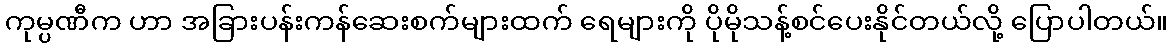
ကုမ္ပဏီက ဟာ အခြားပန်းကန်ဆေးစက်များထက် ရေများကို ပိုမိုသန့်စင်ပေးနိုင်တယ်လို့ ပြောပါတယ်။